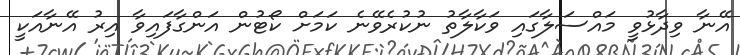
އޭނާ ވިދާޅުވީ މައްސަލާގައި ވަކާލާތު ނުކުރެވޭނެ ކަމަށް ކޯޓުން އަންގާފައިވާ އިރު އޭނާއަކީ